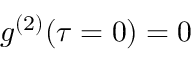
g ^ { ( 2 ) } ( \tau = 0 ) = 0